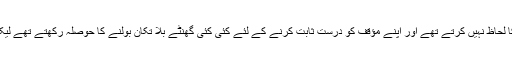
یوں تو وزیر داخلہ کے طور پر بھی چوہدری نثار علی خان کسی کا لحاظ نہیں کرتے تھے اور اپنے مؤقف کو درست ثابت کرنے کے لئے کئی کئی گھنٹے بلا تکان بولنے کا حوصلہ رکھتے تھے لیکن اب تو ان کے پاس بیان بازی کے علاوہ کوئی کام بھی نہیں ہے۔